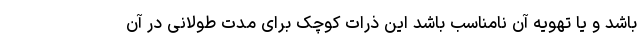
باشد و یا تهویه آن نامناسب باشد این ذرات کوچک برای مدت طولانی در آن